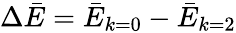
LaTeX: \Delta\bar{E}=\bar{E}_{k=0}-\bar{E}_{k=2}